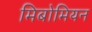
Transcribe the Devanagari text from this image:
मिबोमियन